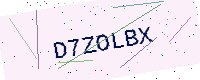
Text: D7ZOLBX